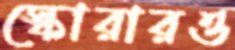
স্কোরারও